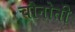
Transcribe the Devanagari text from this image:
चौनोती